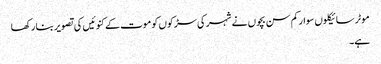
موٹر سائیکلوں سوارکم سن بچوں نے شہر کی سڑکوں کو موت کے کنوئیں کی تصویر بنا رکھا
ہے۔